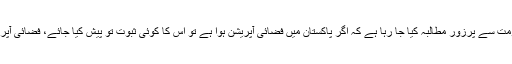
رپورٹ کے مطابق بھارت میں اپوزیشن جماعتوں کی جانب سے حکومت سے پرزور مطالبہ کیا جا رہا ہے کہ اگر پاکستان میں فضائی آپریشن ہوا ہے تو اس کا کوئی ثبوت تو پیش کیا جائے، فضائی آپریشن کی اب تک کوئی ویڈیو یا تصویریں کیوں جاری نہیں کی جارہیں۔